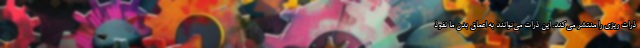
ذرات ریزی را منتشر می‌کند. این ذرات می‌توانند به اعماق بدن ما نفوذ